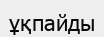
ұқпайды